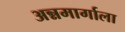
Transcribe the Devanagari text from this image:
अन्नमार्गाला